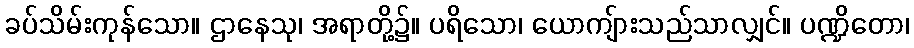
ခပ်သိမ်းကုန်သော။ ဌာနေသု၊ အရာတို့၌။ ပရိသော၊ ယောကျ်ားသည်သာလျှင်။ ပဏ္ဍိတော၊